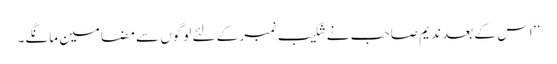
‘‘ اس کے بعد ندیم صاحب نے شکیب نمبر کے لئے لوگوں سے مضامین مانگے۔